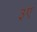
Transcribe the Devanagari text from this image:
३ए